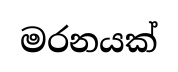
මරනයක්